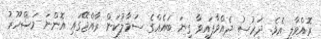
ރޮއްވާލި އެވެ. ދަރުސު ދެއްވާފައިވާ ގިނަ ބަައެއްގެ ސަމާލުކަން ރާއްޖޭގައި އޮންނަ މަޝްހޫރު